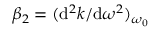
\beta _ { 2 } = ( \mathrm { d } ^ { 2 } k / \mathrm { d } \omega ^ { 2 } ) _ { \omega _ { 0 } }